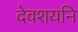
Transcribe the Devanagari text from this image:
देवशयनि